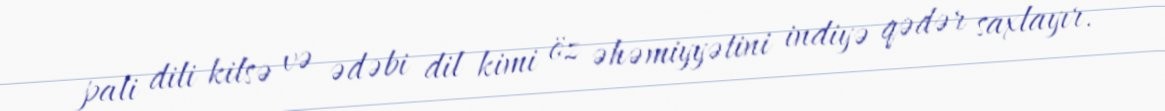
pali dili kilsə və ədəbi dil kimi öz əhəmiyyətini indiyə qədər saxlayır.